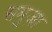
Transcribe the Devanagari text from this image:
समुज़ा